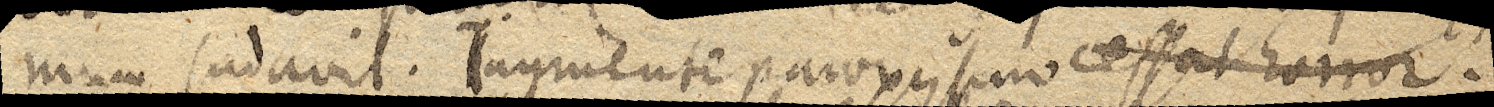
mum sudavit. Ingruente paroxysmo cessat horror